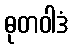
ဓုတဝါဒံ